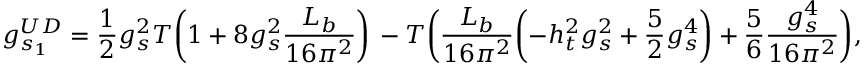
g _ { s _ { 1 } } ^ { U D } = { \frac { 1 } { 2 } } g _ { s } ^ { 2 } T \biggl ( 1 + 8 g _ { s } ^ { 2 } { \frac { L _ { b } } { 1 6 \pi ^ { 2 } } } \biggr ) \nonumber \, - T \biggl ( { \frac { L _ { b } } { 1 6 \pi ^ { 2 } } } \biggl ( - h _ { t } ^ { 2 } g _ { s } ^ { 2 } + { \frac { 5 } { 2 } } g _ { s } ^ { 4 } \biggr ) + { \frac { 5 } { 6 } } { \frac { g _ { s } ^ { 4 } } { 1 6 \pi ^ { 2 } } } \biggr ) ,